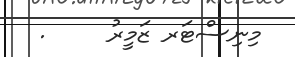
މިނިސްޓަރ ޒަމީރު     .